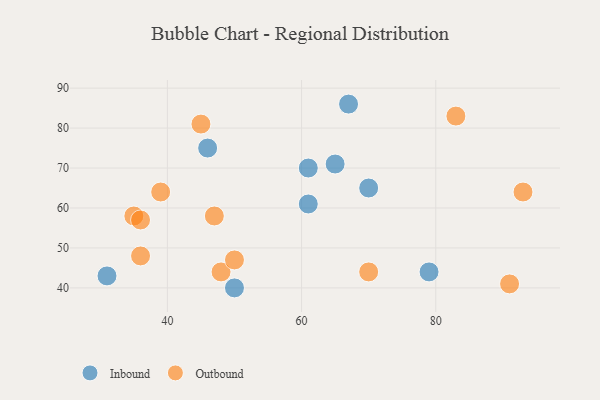
{"axis": {"x": "GDP", "y": "Life Expectancy"}, "legend": ["Inbound", "Outbound"], "data": [{"x": "79", "y": 44, "type": "Inbound"}, {"x": "46", "y": 75, "type": "Inbound"}, {"x": "50", "y": 40, "type": "Inbound"}, {"x": "70", "y": 65, "type": "Inbound"}, {"x": "65", "y": 71, "type": "Inbound"}, {"x": "61", "y": 61, "type": "Inbound"}, {"x": "67", "y": 86, "type": "Inbound"}, {"x": "61", "y": 70, "type": "Inbound"}, {"x": "31", "y": 43, "type": "Inbound"}, {"x": "83", "y": 83, "type": "Outbound"}, {"x": "91", "y": 41, "type": "Outbound"}, {"x": "35", "y": 58, "type": "Outbound"}, {"x": "39", "y": 64, "type": "Outbound"}, {"x": "93", "y": 64, "type": "Outbound"}, {"x": "70", "y": 44, "type": "Outbound"}, {"x": "36", "y": 57, "type": "Outbound"}, {"x": "48", "y": 44, "type": "Outbound"}, {"x": "47", "y": 58, "type": "Outbound"}, {"x": "45", "y": 81, "type": "Outbound"}, {"x": "36", "y": 48, "type": "Outbound"}, {"x": "50", "y": 47, "type": "Outbound"}]}